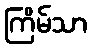
ကြိမ်သာ